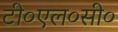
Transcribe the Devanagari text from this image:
टी०एल०सी०